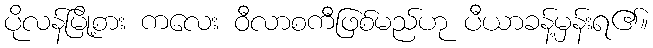
ပိုလန်မြို့စား ကလေး ဝီလာစကီဖြစ်မည်ဟု ပီယာခန့်မှန်းရ၏။